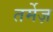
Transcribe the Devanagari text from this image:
तर्मेज़